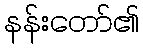
နန်းတော်၏